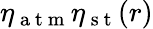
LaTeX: \eta_{\mathrm{~a~t~m~}}\eta_{\mathrm{~s~t~}}(r)